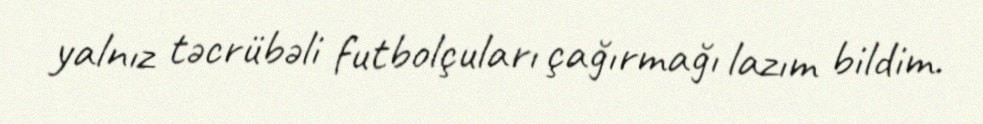
yalnız təcrübəli futbolçuları çağırmağı lazım bildim.